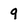
Character: 9